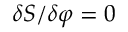
\delta S / \delta \varphi = 0